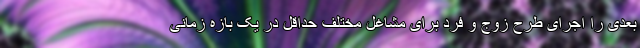
بعدی را اجرای طرح زوج و فرد برای مشاغل مختلف حداقل در یک بازه زمانی